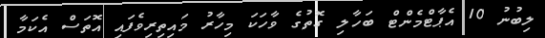
ލިބުނު 10 އެޕާޓްމެންޓް ބަހާލި ގޮތުގެ ވާހަކަ މިހާރު މައިތިރިވެފައި އޮތަސް އެކަމާ